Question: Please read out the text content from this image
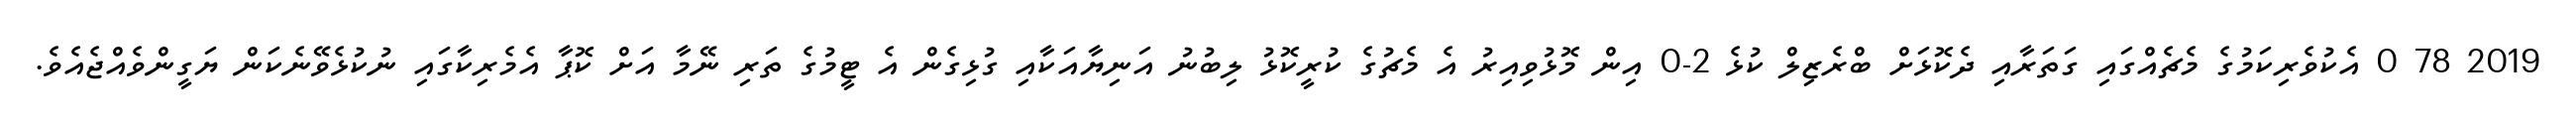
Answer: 2019 78 0 އެކުވެރިކަމުގެ މެޗެއްގައި ގަތަރާއި ދެކޮޅަށް ބްރެޒިލް ކުޅެ 2-0 އިން މޮޅުވިއިރު އެ މެޗުގެ ކުރީކޮޅު ލިބުނު އަނިޔާއަކާއި ގުޅިގެން އެ ޓީމުގެ ތަރި ނޭމާ އަށް ކޮޕާ އެމެރިކާގައި ނުކުޅެވޭނެކަން ޔަގީންވެއްޖެއެވެ.